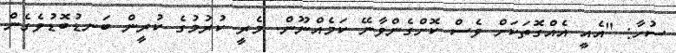
ސުހާ: "އެއީ އެއްގޮތަކަށް ވެސް ކޮށްގެންވާނޭ ކަމެއްނޫން. މެރީ ކުރުމުގެ ކުރީން ބަނޑުބޮޑުވެގެން